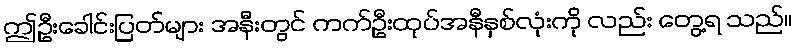
ဤဦးခေါင်းပြတ်များ အနီးတွင် ကက်ဦးထုပ်အနီနှစ်လုံးကို လည်း တွေ့ရ သည်။